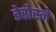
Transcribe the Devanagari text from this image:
डेरोस्ने